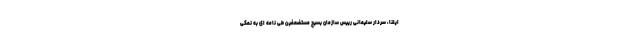
ایلنا، سردار سلیمانی رییس سازمان بسیج مستضعفین طی نامه ای به نمکی